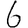
Digit: 6